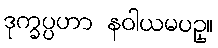
ဒုက္ခပ္ပဟာ နဝါယမပဥှ။